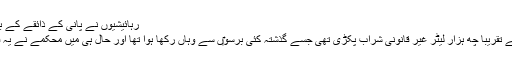
رہائیشیوں نے پانی کے ذائقے کے بارے میں محکمے کو شکایت کی تھی (فوٹو:اے ایف پی)
بعد میں اس کی یہ وجہ سامنے آئی کہ اکسائز محکمے نے تقریبا چھ ہزار لیٹر غیر قانونی شراب پکڑی تھی جسے گذشتہ کئی برسو‎ں سے وہاں رکھا ہوا تھا اور حال ہی میں محکمے نے یہ فیصلہ کیا کہ ان شراب کی بوتلوں کو ضائع کر دیا جائے۔